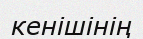
кенішінің